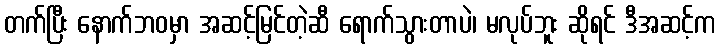
တက်ပြီး နောက်ဘဝမှာ အဆင့်မြင်တဲ့ဆီ ရောက်သွားတာပဲ၊ မလုပ်ဘူး ဆိုရင် ဒီအဆင့်က